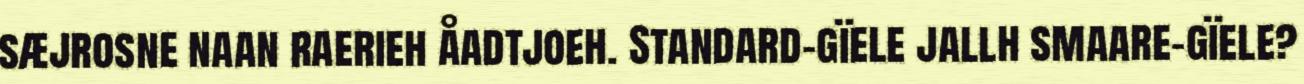
sæjrosne naan raerieh åadtjoeh. Standard-gïele jallh smaare-gïele?